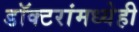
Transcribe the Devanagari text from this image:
डॉक्टरांमध्येही